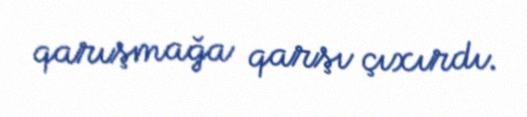
qarışmağa qarşı çıxırdı.